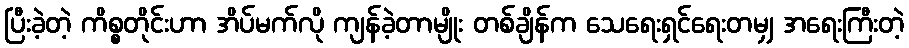
ပြီးခဲ့တဲ့ ကိစ္စတိုင်းဟာ အိပ်မက်လို ကျန်ခဲ့တာမျိုး တစ်ချိန်က သေရေးရှင်ရေးတမျှ အရေးကြီးတဲ့